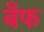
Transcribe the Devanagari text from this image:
बँफ